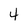
Character: 4